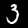
Digit: 3